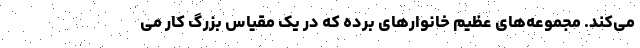
می‌کند. مجموعه‌های عظیم خانوارهای برده که در یک مقیاس بزرگ کار می